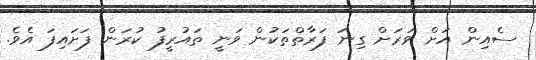
ސެއިން އަށް ވަރަށް ގިނަ ފަރާތްތަކުން ވަނީ ތައުރީފު ކުރަން ފަށައިފަ އެވެ.